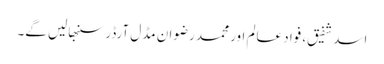
اسد شفیق، فواد عالم اور محمد رضوان مڈل آرڈر سنبھالیں گے۔